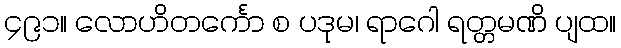
၄၉၁။ လောဟိတင်္ကော စ ပဒုမ၊ ရာဂေါ ရတ္တမဏိ ပျထ။